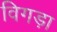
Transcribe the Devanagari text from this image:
विगड़ा